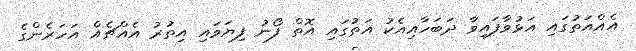
އެއްއަތުގައި އަޅުވާފައިވާ ދަބަހާއިއެކު އަތުގައި އޮތް ފޯނު ފިޔަވައި އިތުރު އެއްޗެއް އަހަރެންގެ